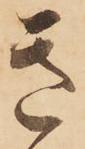
き